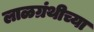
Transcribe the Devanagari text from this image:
लाळग्रंथीच्या